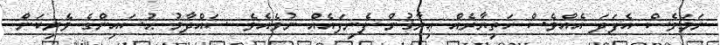
ނަމަވެސް އެފަދަ އެއްވެސް ހަތިޔާރެއް ޢިރާޤުން ފެނިފައެއް ނުވެއެވެ. ސައްދާމު ޙުސައިންގެ ވެރިކަން